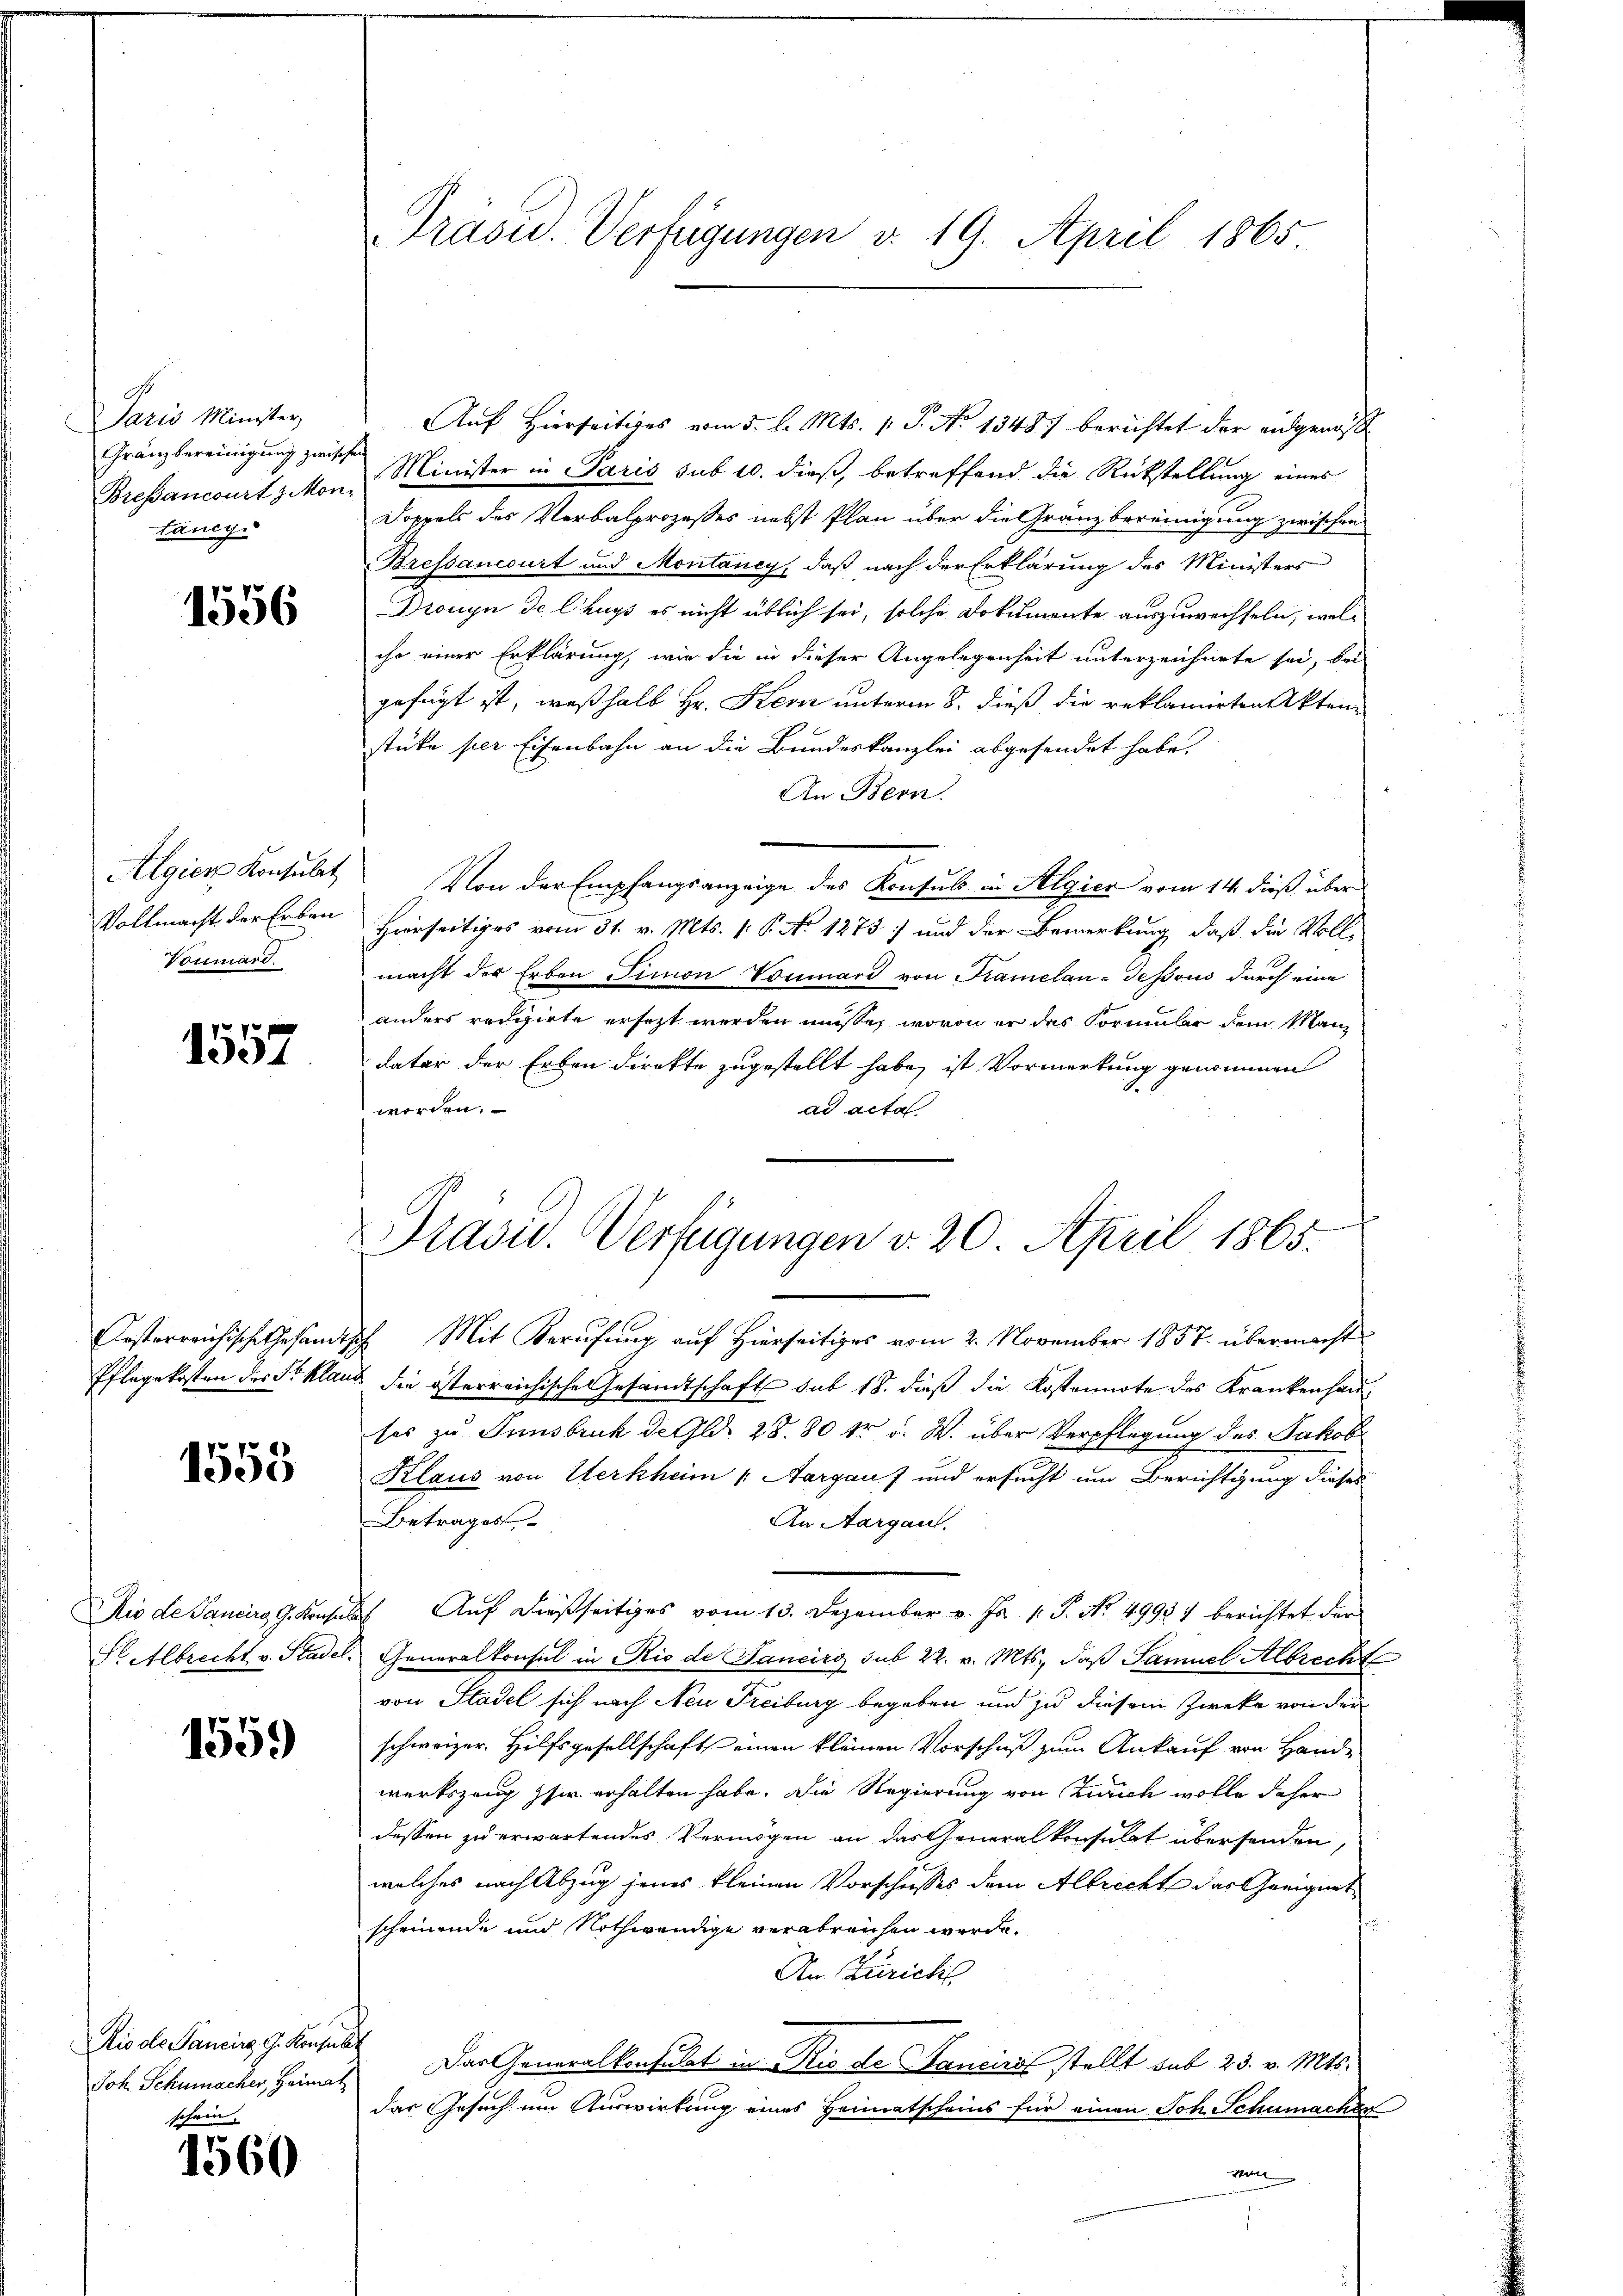
Paris Minister
Gränzbereinigung zwische
Breßancourt 3 Mon-
täncy

1556

Algiers Konsulat
Vollmacht der Erben
Vonmard.

1557

1553

1559

Dis de Pancirg, G. Konsuls
schein.

1560

Präsu. Verfügungen v. 19. April 1865

Auf Hierseitiges vom 5. l. Mts. 1 S. No 1348) berichtet der eidgenöß
Minister in Paris sub 10. dieß, betreffend die Rückstellung eines
Doppels des Verbalprozesses nebst Plan über die Gränzbereinigung zwischen
Bressanccurt und Montancy, daß nach der Erklärung des Ministers
Drouyn de Chays es nicht üblich sei, solche Dokumente auszuwechseln, welihr einer Erklärung, wie die in dieser Angelegenheit unterzeichnete sei, bei
gefügt ist, weßhalb Hr. Kern unterm 8. dieß die reklamirten Akten-
stüke per Eisenbahn an die Bundeskanzlei abgesendet habe.
An Bern.
Von der Empfangsanzeige des Konsuls in Algien vom 14. dieß über
Hierseitiges vom 31. v. Mts. (: P. No 1273 und der Bemerkung, daß die Voll-
macht der Erben Simon Vonmard von Tramelan-Tessous durch eine
anders redigirte ersezt werden müsse, wovon er das Formular dem Man-
dator der Erben direkte zugestellt habe, ist Vormerkung genommen
worden.
ad acta
Präsid. Verfügungen v. 20. April 1865.

Casterreichische Gesandtsch Mit Berufung auf Hierseitiges vom 2. November 1857 übermacht
Pflegekosten des Sklaus die österreichische Gesandtschaft sub 18. dieß die Kostennote des Krankenhau
ses zu Innsbruck de Gld. 28. 80 kr v. W. über Verpflegung des Jakob
Klaus von Werkheim Aargauf und ersucht um Berichtigung dieses
Betrages
An Aargau.
Aio de Sancirg, G. Konsuls Auf dießseitiges vom 13. Dezember v. Js. 1. P. Nr. 4998) berichtet der
SAlbrecht v. Stadel. Generalkonsul in Rio de Sancirg sub 22. v. Mts., daß Samuel Albrecht
von Stadel sich nach Neu Treiburg begeben und zu diesem Zweke von der
schweizer. Hilfsgesellschaft einen kleinen Vorschuß zum Ankauf von Hande
werkszeug zu erhalten habe. Die Regierung von Zürich wolle daher
dessen zu erwartendes Vermögen an das Generalkonsulat übersenden,
welches nach Abzug jenes kleinen Vorschiesses dem Albrechte das Geeignet
scheinende und Nothwendige verabreichen werde.
An Zürich
Joh. Schumacher, Heimat. Das Generalkonsulat in Rio de Hancirt stellt sub 23. v. Mts.
das Gesuch um Auswirkung eines Heimatscheins für einen Joh. Schumacher
run